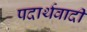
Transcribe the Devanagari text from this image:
पदार्थवादी